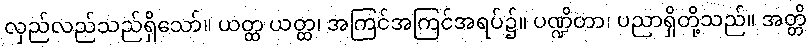
လှည်လည်သည်ရှိသော်။ ယတ္ထ ယတ္ထ၊ အကြင်အကြင်အရပ်၌။ ပဏ္ဍိတာ၊ ပညာရှိတို့သည်။ အတ္တိ